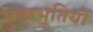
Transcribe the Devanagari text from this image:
पुष्यभूतियों